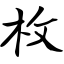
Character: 枚